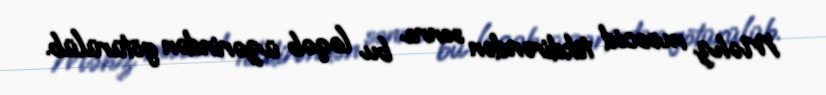
Məhz məscid tikdirəndən sonra bu ləqəb üzərindən götürülüb.